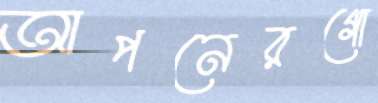
আপনেরগো